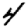
Digit: 4